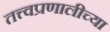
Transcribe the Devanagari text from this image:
तत्त्वप्रणालीच्या